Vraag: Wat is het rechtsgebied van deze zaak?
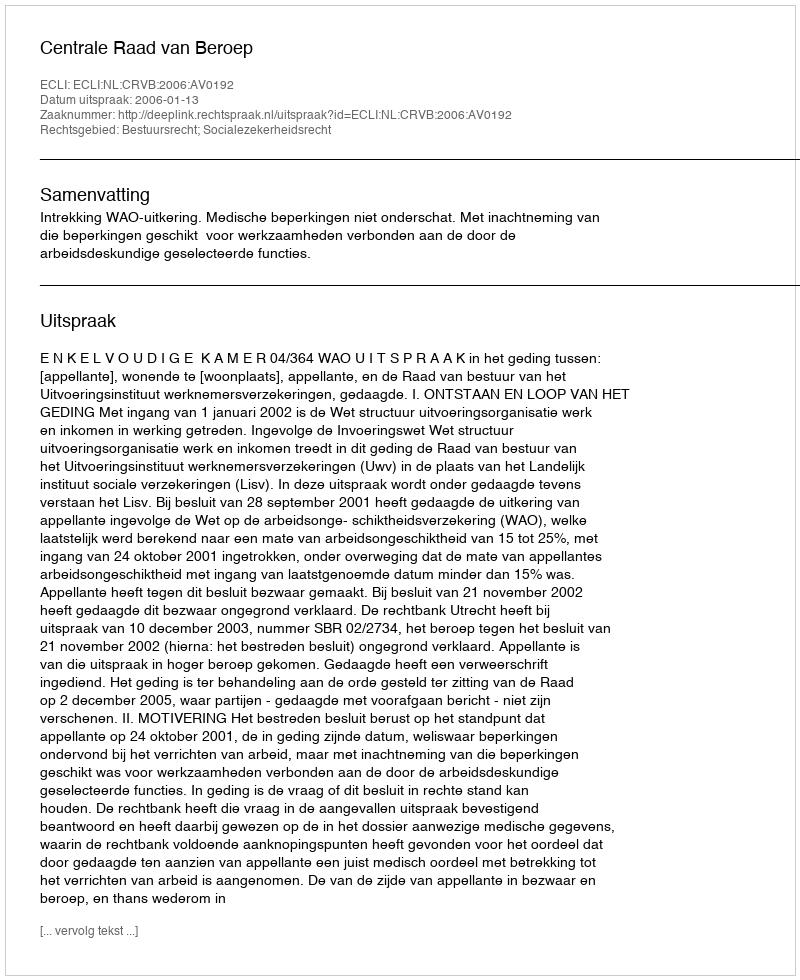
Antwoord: Bestuursrecht; Socialezekerheidsrecht